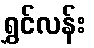
ရွှင်လန်း